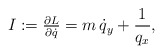
\begin{align*} I:=\tfrac{\partial L}{\partial \dot{q}} = m\, \dot{q}_y+\frac{1}{q_x}, \end{align*}